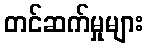
တင်ဆက်မှုများ